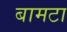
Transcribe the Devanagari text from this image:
बामटा